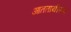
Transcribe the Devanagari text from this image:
आततायीपणा